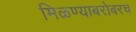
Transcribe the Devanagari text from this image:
मिळण्याबरोबरच